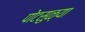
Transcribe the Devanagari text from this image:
पोटसुळ्या